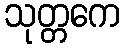
သုတ္တကေ